Report on plague and inoculation in the Punjab from October 1st ... to September 30th..., being the ... season of plague in the province
Disease focus: Plague
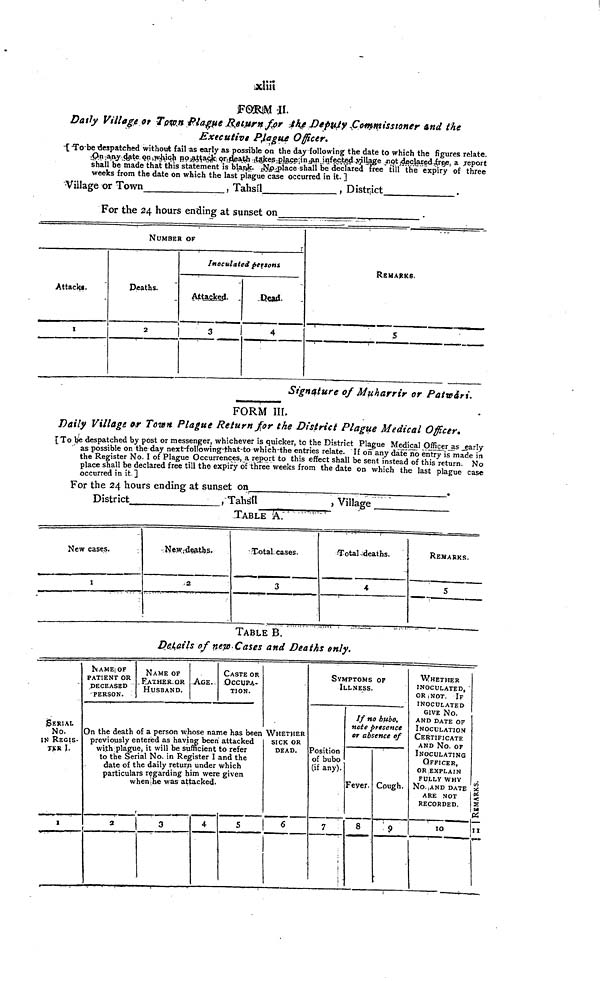
xliii
FORM II.
Daily Village or Town Plague Return for the Deputy Commissioner And the
Executive Plague Officer.
[ To be despatched without fail as early as possible on the day following the date to which the figures relate.
On any date on which no attack or death takes place in an infected village not declared free, a report
shall be made that this statement is blank. No place shall be declared free till the expiry of three
weeks from the date on which the last plague case occurred in it. ]
Village or Town
, Tahsil
, District
.
For the 24 hours ending at sunset on
.
.
NUMBER OF
Attacks..
I
Deaths.
2
r
Inoculated persons
Attacked.
3
Dead.
4
REMARKS.
5
Signature of Muharrir or Patwari.
FORM III,
Daily Village or Town Plague Return for the District Plague Medical Officer.
[ To be despatched by post or messenger, whichever is quicker, to the District Plague Medical Officer as early
as possible on the day next-following-that-to which-the entries relate. If on any date no entry is made in
the Register No. I of Plague Occurrences, a report to this effect shall be sent instead of this return. No
place shall be declared free till the expiry of three weeks from the date on which the last plague cas«
occurred in it. ]
For the 24 hours ending at sunset on
.
District
, Tahsil
, Village
TABLE A.
New cases.
I
New deaths.
2
Total cases.
3
Total deaths.
4
REMARKS.
5
TABLE B.
Details of new Cases and Deaths only.
SERIAL
No.
IN REGIS-
TER I.
I
NAME OF
PATIENT OR
DECEASED
PERSON.
NAME OF
FATHER OR
HUSBAND.
AGE.
CASTE OR
OCCUPA-
TION.
On the death of a person whose name has been
previously entered as having been attacked
with plague, it will be sufficient to refer
to the Serial No. in Register I and the
date of the daily return under which
particulars regarding him were given
when he was attacked.
2
t
3
4
5
WHETHER
SICK OR
DEAD.
6
SYMPTOMS OF
ILLNESS.
Position
of bubo
(if any).
7
If no bubo,
note presence
or absence of
Feyer. Cough.
8
9
WHETHER
INOCULATED,
OR NOT.
IF
INOCULATED
GIVE No.
AND DATE OF
INOCULATION
CERTIFICATE
AND No. OF
INOCULATING
OFFICER,
OR EXPLAIN
FULLY WHY
No AND DATE
ARE NOT
RECORDED.
10
II